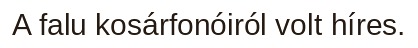
A falu kosárfonóiról volt híres.